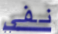
نفي